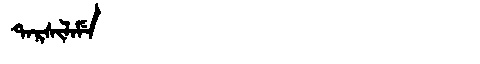
Manchu: ᡨᠠᡵᠰᡳᠯᠠᠮᡝ
Romanization: TARSILAME